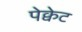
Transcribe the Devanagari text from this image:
पेक्वेट